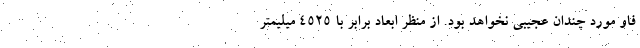
فاو مورد چندان عجیبی نخواهد بود. از منظر ابعاد برابر با 4525 میلیمتر